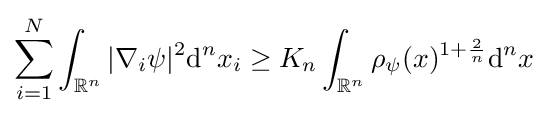
\sum _{i=1}^{N}\int _{\mathbb {R} ^{n}}|\nabla _{i}\psi |^{2}\mathrm {d} ^{n}x_{i}\geq K_{n}\int _{\mathbb {R} ^{n}}{\rho _{\psi }(x)^{1+{\frac {2}{n}}}}\mathrm {d} ^{n}x